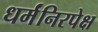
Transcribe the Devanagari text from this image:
धर्मंनिरपेक्ष